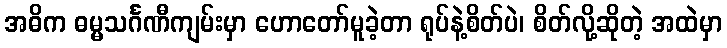
အဓိက ဓမ္မသင်္ဂဏီကျမ်းမှာ ဟောတော်မူခဲ့တာ ရုပ်နဲ့စိတ်ပဲ၊ စိတ်လို့ဆိုတဲ့ အထဲမှာ